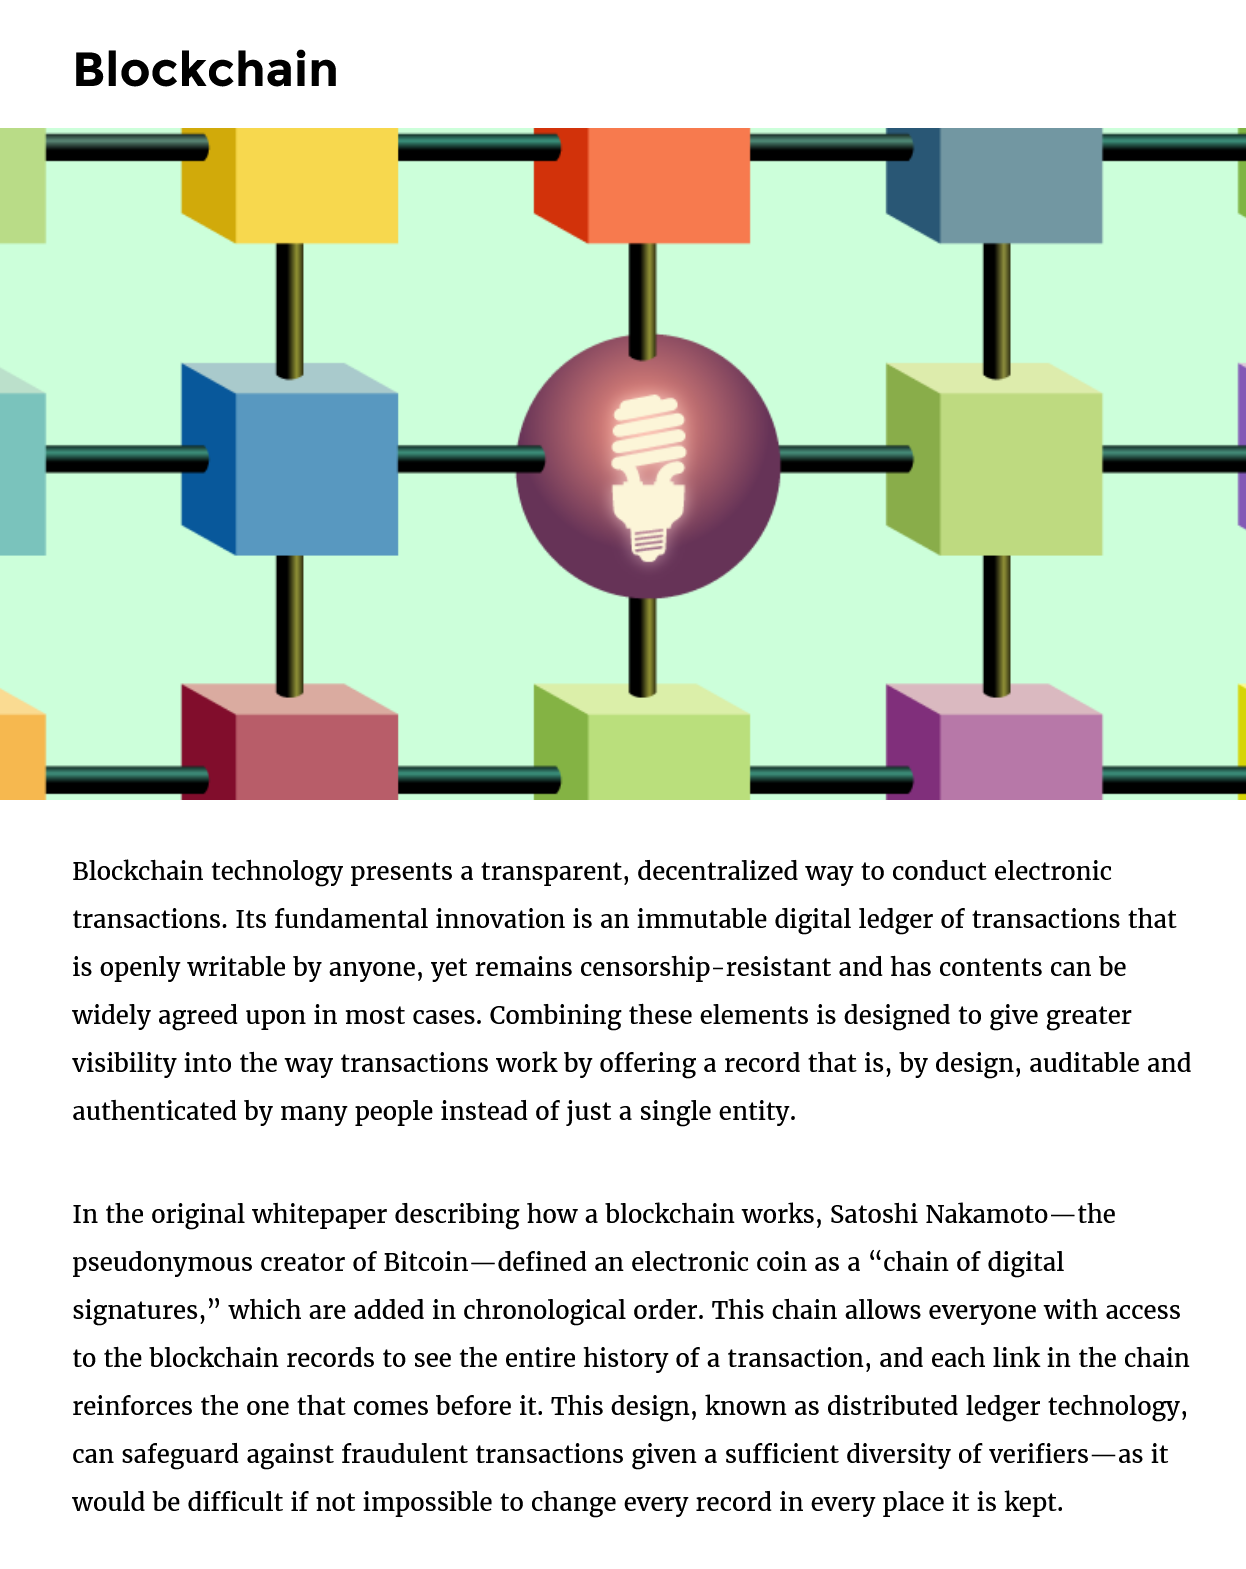
Blockchain
     Blockchain technology presents a transparent, decentralized way to conduct electronic
     transactions. Its fundamental innovation is an immutable digital ledger of transactions that
     is openly writable by anyone, yet remains censorship-resistant and has contents can be
     widely agreed upon in most cases. Combining these elements is designed to give greater
     visibility into the way transactions work by offering a record that is, by design, auditable and
     authenticated by many people instead of just a single entity.
     In the original whitepaper describing how a blockchain works, Satoshi Nakamoto—the
     pseudonymous creator of Bitcoin—defined an electronic coin as a “chain of digital
     signatures,” which are added in chronological order. This chain allows everyone with access
     to the blockchain records to see the entire history of a transaction, and each link in the chain
     reinforces the one that comes before it. This design, known as distributed ledger technology,
     can safeguard against fraudulent transactions given a sufficient diversity of verifiers—as it
     would be difficult if not impossible to change every record in every place it is kept.